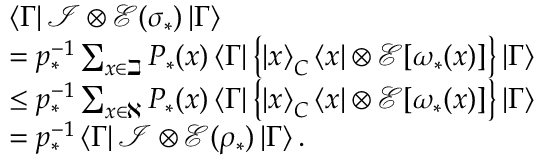
\begin{array} { r l } & { \left\langle \Gamma \right\vert \mathcal { I } \otimes \mathcal { E } ( \sigma _ { \ast } ) \left\vert \Gamma \right\rangle } \\ & { = p _ { \ast } ^ { - 1 } \sum _ { x \in \beth } P _ { \ast } ( x ) \left\langle \Gamma \right\vert \left\{ \left\vert x \right\rangle _ { C } \left\langle x \right\vert \otimes \mathcal { E } [ \omega _ { \ast } ( x ) ] \right\} \left\vert \Gamma \right\rangle } \\ & { \leq p _ { \ast } ^ { - 1 } \sum _ { x \in \aleph } P _ { \ast } ( x ) \left\langle \Gamma \right\vert \left\{ \left\vert x \right\rangle _ { C } \left\langle x \right\vert \otimes \mathcal { E } [ \omega _ { \ast } ( x ) ] \right\} \left\vert \Gamma \right\rangle } \\ & { = p _ { \ast } ^ { - 1 } \left\langle \Gamma \right\vert \mathcal { I } \otimes \mathcal { E } ( \rho _ { \ast } ) \left\vert \Gamma \right\rangle . } \end{array}